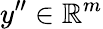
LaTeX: y^{\prime\prime}\in\mathbb{R}^{m}